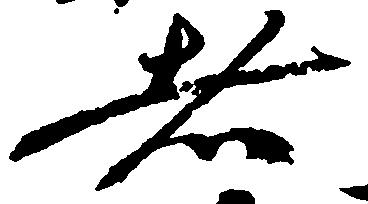
者